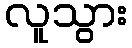
လူသွား